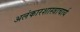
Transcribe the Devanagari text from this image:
अलंकारशास्त्राचार्य